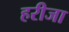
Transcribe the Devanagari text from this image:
हरीजा